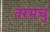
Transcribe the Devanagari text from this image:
तरमचु